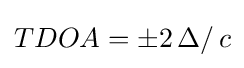
TDOA=\pm 2\,\Delta /\,c